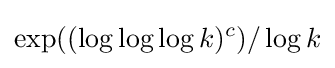
\exp((\log \log \log k)^{c})/\log k